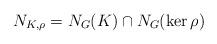
LaTeX: \begin{align*}N_{K,\rho}=N_G(K)\cap N_G(\ker\rho)\end{align*}